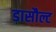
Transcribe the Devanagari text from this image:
डासौल्ट